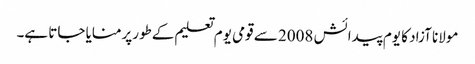
مولانا آزاد کا یوم پیدائش 2008 سے قومی یوم تعلیم کےطورپرمنایا جاتا ہے۔